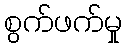
စွက်ဖက်မှု